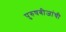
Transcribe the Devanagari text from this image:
पुरुषबीजांची